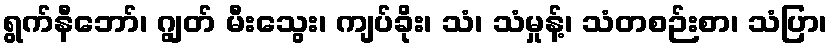
ရွက်နီဘော်၊ ဂျွတ် မီးသွေး၊ ကျပ်ခိုး၊ သံ၊ သံမှုန့်၊ သံတစဉ်းစာ၊ သံပြာ၊